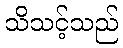
သိသင့်သည်